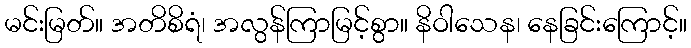
မင်းမြတ်။ အတိစိရံ၊ အလွန်ကြာမြင့်စွာ။ နိဝါသေန၊ နေခြင်းကြောင့်။